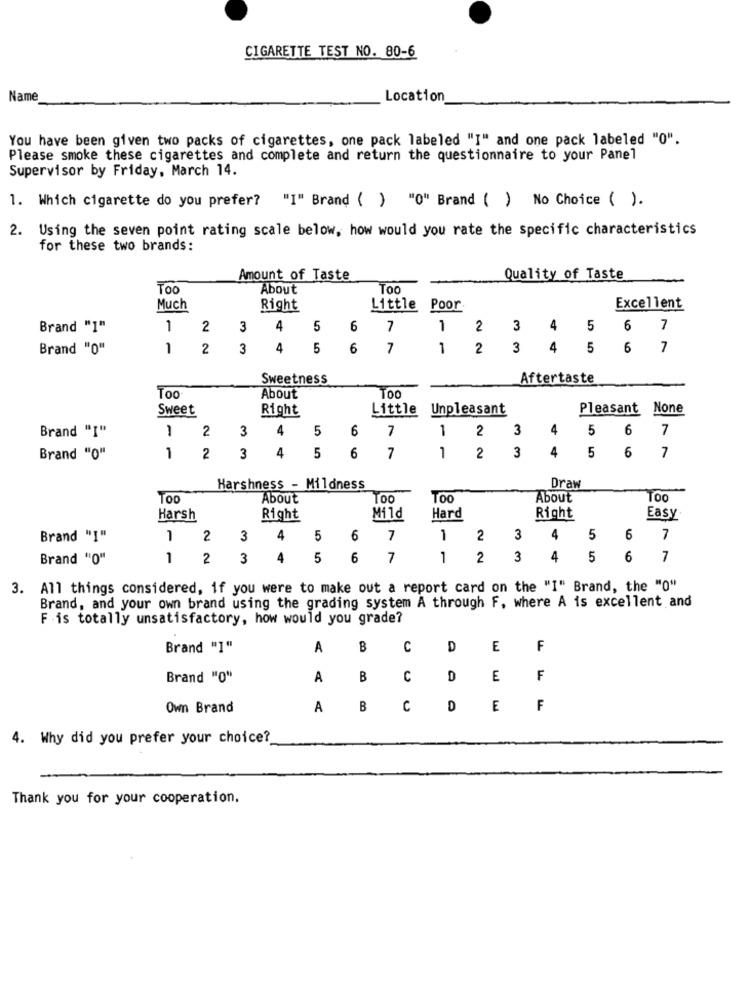
CIGARETTE TEST NO. 80-6
Name
Location
You have been given two packs of cigarettes, one pack labeled "I" and one pack labeled "O".
Please smoke these cigarettes and complete and return the questionnaire to your Panel
Supervisor by Friday, March 14.
1. Which cigarette do you prefer? "I" Brand ( ) "O" Brand ( ) No Choice ( ).
2. Using the seven point rating scale below, how would you rate the specific characteristics
for these two brands:
Amount of Taste
Quality of Taste
TOO
About
Too
Much
Right
Little Poor
Excellent
Brand "1"
1
2
3
4
5
7
1
2
3
4
5
6
7
Brand "O"
1
2
3
4
5
6
7
1
2
3
4
5
6
7
Sweetness
Aftertaste
Too
About
TOO
Sweet
Right
Little
Unpleasant
Pleasant
Brand "I"
2
3
4
5
6
7
1
2
3
4
5
6
7
1
3
4
5
6
7
Brand "O"
2
3
4
5
6
7
1
2
Harshness - Mildness
Draw
Too
About
Too
Too
About
Mild
Harsh
Right
Hard
Right
Easy
Brand "I"
1
2
3
4
5
6
7
1
2
3
4 5
6
7
Brand "O"
1
2
3
4
5
6
7
1
2
3
4
5
6
7
3. All things considered, if you were to make out a report card on the "I" Brand, the "0"
Brand, and your own brand using the grading system A through F, where A is excellent and
F is totally unsatisfactory, how would you grade?
Brand "1"
A
B
C
D
E
F
Brand "O"
A
B
C
D
E
F
Own Brand
A
B
C
D
E
F
4. Why did you prefer your choice?
Thank you for your cooperation.